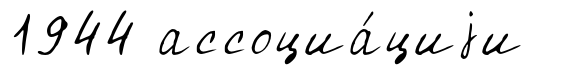
1944 ассоциа́циjи